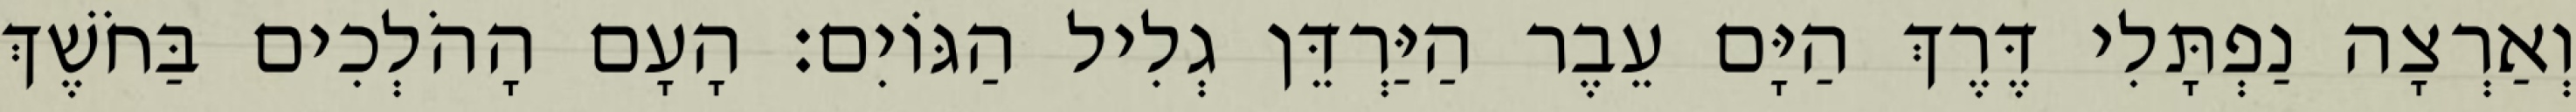
וְאַרְצָה נַפְתָּלִי דֶּרֶךְ הַיָּם עֵבֶר הַיַּרְדֵּן גְלִיל הַגּוֹיִם׃ הָעָם הָהֹלְכִים בַּחֹשֶׁךְ